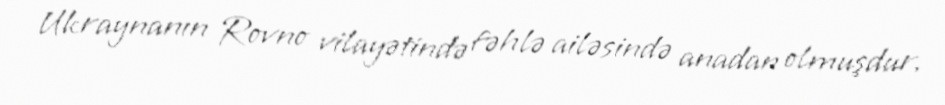
Ukraynanın Rovno vilayətində fəhlə ailəsində anadan olmuşdur.